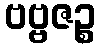
ဗဗ္ဗဇဉ္စ